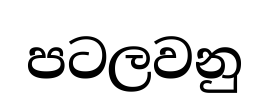
පටලවනු